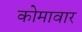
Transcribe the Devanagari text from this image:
कोमावार